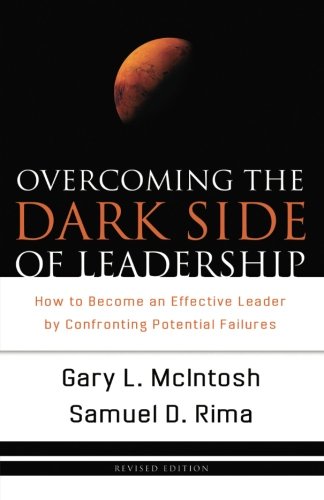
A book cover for Overcoming the Dark Side of Leadership: How to Become an Effective Leader by Confronting Potential Failures; Gary L. McIntosh; Christian Books & Bibles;